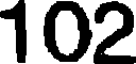
102